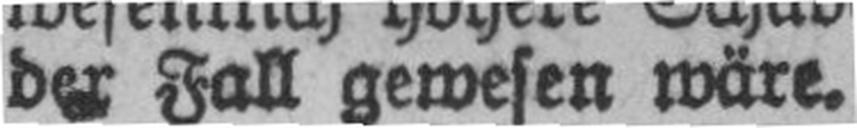
der Fall gewesen wäre.